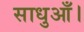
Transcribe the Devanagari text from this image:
साधुआँ।